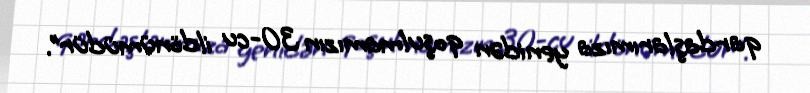
qardaşlarımıza yenidən qoşulmamızın 30-cu ildönümüdür”.